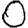
Digit: 0